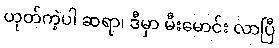
ဟုတ်ကဲ့ပါ ဆရာ၊ ဒီမှာ မီးမောင်း လာပြီ